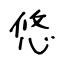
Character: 悠